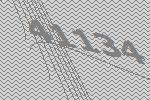
41134